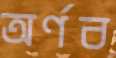
অর্ণব